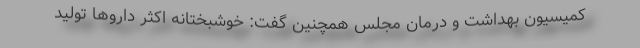
کمیسیون بهداشت و درمان مجلس همچنین گفت: خوشبختانه اکثر دارو‌ها تولید